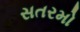
સતરમો